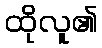
ထိုလူ၏